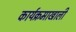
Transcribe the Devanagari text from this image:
कार्यक्रमाखाली